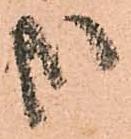
哉